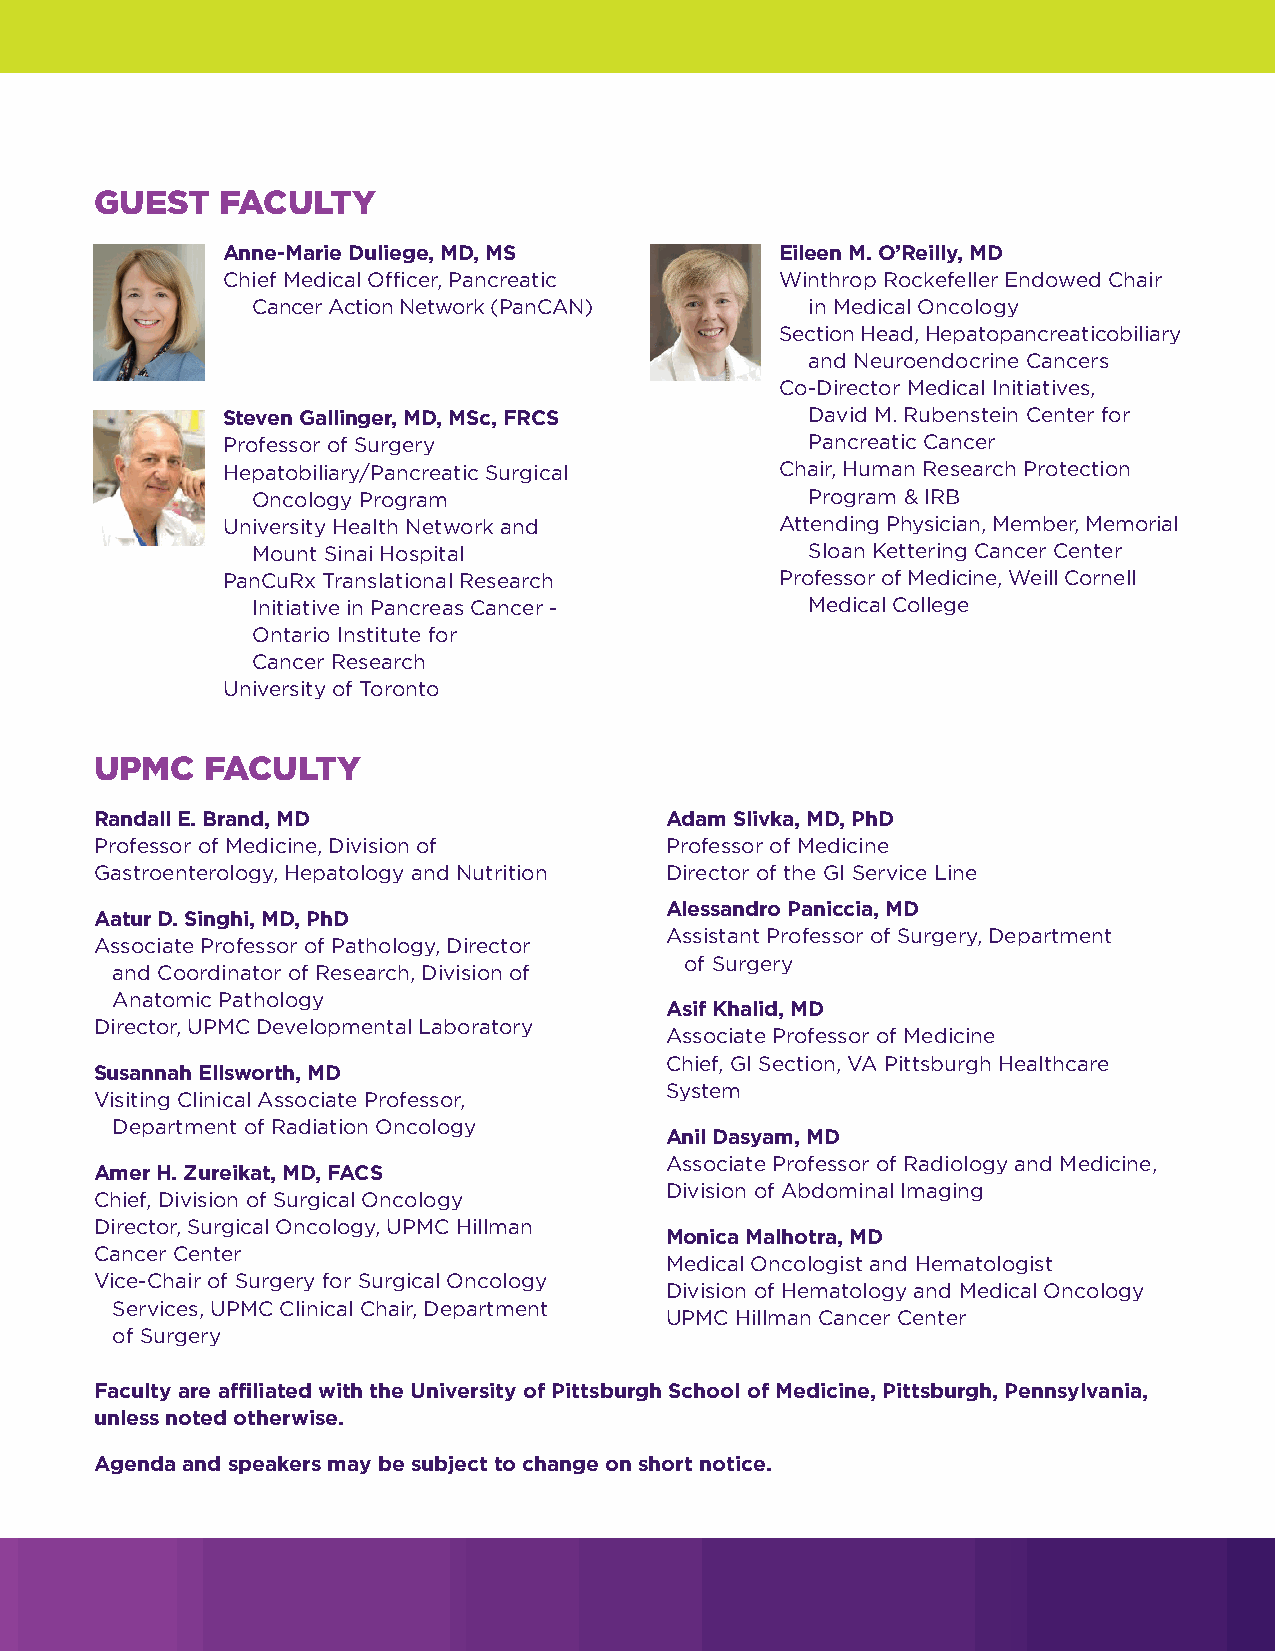
GUEST    FACULTY
 Anne-Marie Duliege, MD, MS           Eileen M. O’Reilly, MD
 Chief Medical Officer, Pancreatic    Winthrop Rockefeller Endowed Chair
 Cancer Action Network (PanCAN)       in Medical Oncology
 Section Head, Hepatopancreaticobiliary
 and Neuroendocrine Cancers
 Co-Director Medical Initiatives,
 Steven Gallinger, MD, MSc, FRCS        David M. Rubenstein Center for
 Professor of Surgery                   Pancreatic Cancer
 Hepatobiliary/Pancreatic Surgical    Chair, Human Research Protection
 Oncology Program                     Program & IRB
 University Health Network and        Attending Physician, Member, Memorial
 Mount Sinai Hospital                 Sloan Kettering Cancer Center
 PanCuRx Translational Research       Professor of Medicine, Weill Cornell
 Initiative in Pancreas Cancer -      Medical College
 Ontario Institute for
 Cancer Research
 University of Toronto
 UPMC    FACULTY
 Randall E. Brand, MD                  Adam Slivka, MD, PhD
 Professor of Medicine, Division of    Professor of Medicine
 Gastroenterology, Hepatology and Nutrition Director of the GI Service Line
 Alessandro Paniccia, MD
 Aatur D. Singhi, MD, PhD
 Assistant Professor of Surgery, Department
 Associate Professor of Pathology, Director
 of Surgery
 and Coordinator of Research, Division of
 Anatomic Pathology
 Asif Khalid, MD
 Director, UPMC Developmental Laboratory
 Associate Professor of Medicine
 Chief, GI Section, VA Pittsburgh Healthcare
 Susannah Ellsworth, MD
 System
 Visiting Clinical Associate Professor,
 Department of Radiation Oncology
 Anil Dasyam, MD
 Associate Professor of Radiology and Medicine,
 Amer H. Zureikat, MD, FACS
 Division of Abdominal Imaging
 Chief, Division of Surgical Oncology
 Director, Surgical Oncology, UPMC Hillman
 Monica Malhotra, MD
 Cancer Center
 Medical Oncologist and Hematologist
 Vice-Chair of Surgery for Surgical Oncology
 Division of Hematology and Medical Oncology
 Services, UPMC Clinical Chair, Department
 UPMC Hillman Cancer Center
 of Surgery
 Faculty are affiliated with the University of Pittsburgh School of Medicine, Pittsburgh, Pennsylvania,
 unless noted otherwise.
 Agenda and speakers may be subject to change on short notice.